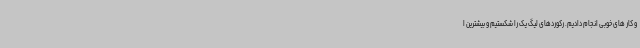
و کار های خوبی انجام دادیم. رکوردهای لیگ یک را شکستیم و بیشترین ا